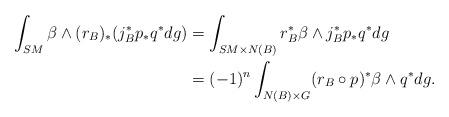
LaTeX: \begin{align*}\int_{SM}\beta\wedge(r_B)_*(j_B^*p_*q^*dg)&=\int_{SM\times N(B)}r_B^*\beta\wedge j_B^*p_*q^*dg\\&=(-1)^{n}\int_{N(B)\times G} (r_B\circ p)^*\beta\wedge q^*dg.\end{align*}